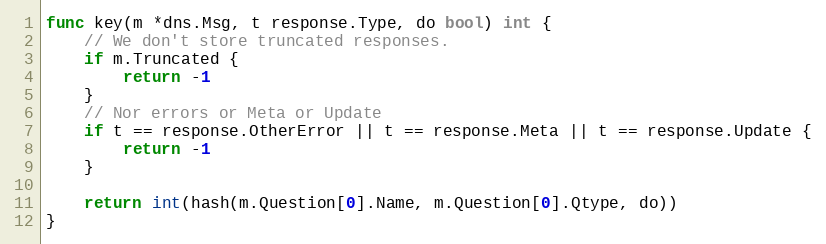
Language: Go
func key(m *dns.Msg, t response.Type, do bool) int {
	// We don't store truncated responses.
	if m.Truncated {
		return -1
	}
	// Nor errors or Meta or Update
	if t == response.OtherError || t == response.Meta || t == response.Update {
		return -1
	}

	return int(hash(m.Question[0].Name, m.Question[0].Qtype, do))
}